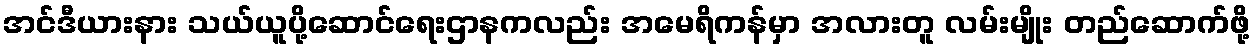
အင်ဒီယားနား သယ်ယူပို့ဆောင်ရေးဌာနကလည်း အမေရိကန်မှာ အလားတူ လမ်းမျိုး တည်ဆောက်ဖို့